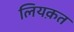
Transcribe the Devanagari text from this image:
लियक़त